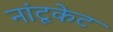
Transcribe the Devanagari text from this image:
नांटूकेट